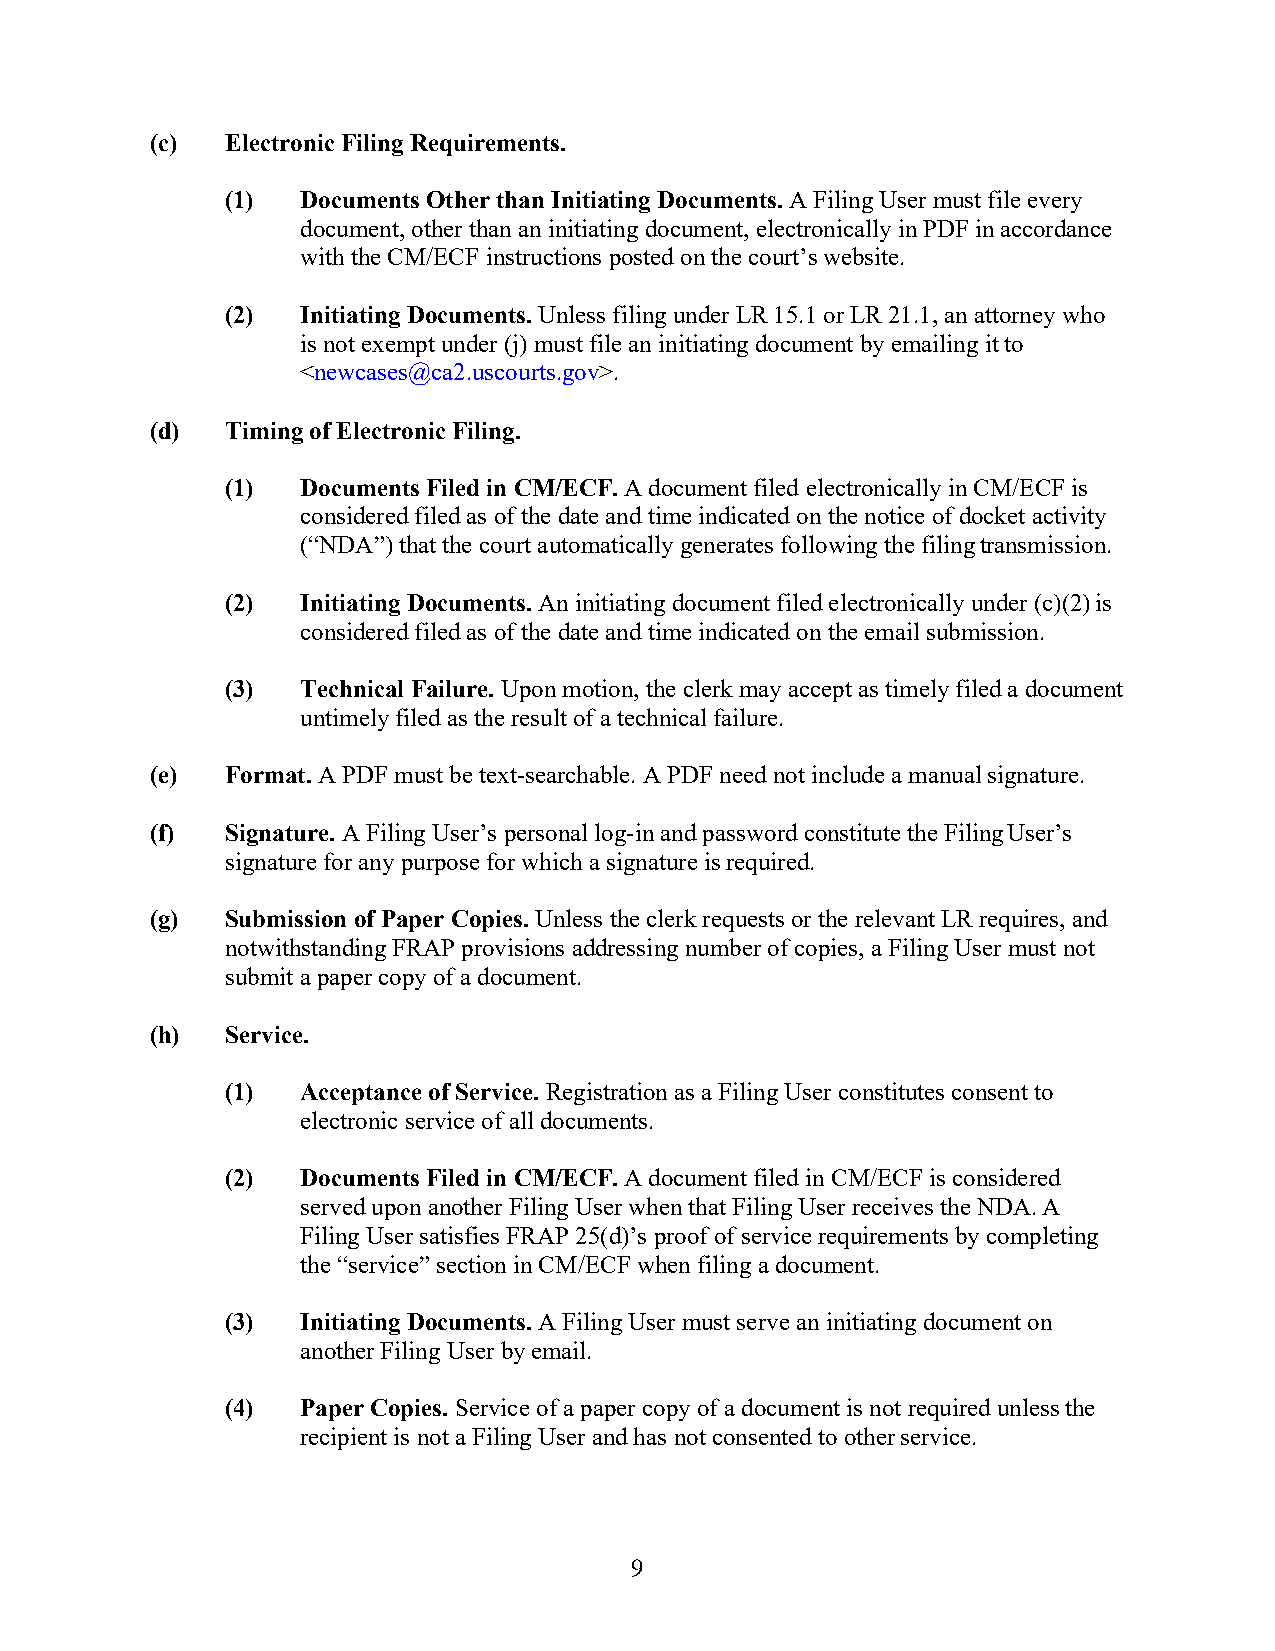
(c)  Electronic Filing Requirements.
 (1)  Documents Other than Initiating Documents. A Filing User must file every
 document, other than an initiating document, electronically in PDF in accordance
 with the CM/ECF instructions posted on the court’s website.
 (2)  Initiating Documents. Unless filing under LR 15.1 or LR 21.1, an attorney who
 is not exempt under (j) must file an initiating document by emailing it to
 <newcases@ca2.uscourts.gov>.
 (d)  Timing of Electronic Filing.
 (1)  Documents Filed in CM/ECF. A document filed electronically in CM/ECF is
 considered filed as of the date and time indicated on the notice of docket activity
 (“NDA”) that the court automatically generates following the filing transmission.
 (2)  Initiating Documents. An initiating document filed electronically under (c)(2) is
 considered filed as of the date and time indicated on the email submission.
 (3)  Technical Failure. Upon motion, the clerk may accept as timely filed a document
 untimely filed as the result of a technical failure.
 (e)  Format. A PDF must be text-searchable. A PDF need not include a manual signature.
 (f)  Signature. A Filing User’s personal log-in and password constitute the Filing User’s
 signature for any purpose for which a signature is required.
 (g)  Submission of Paper Copies. Unless the clerk requests or the relevant LR requires, and
 notwithstanding FRAP provisions addressing number of copies, a Filing User must not
 submit a paper copy of a document.
 (h)  Service.
 (1)  Acceptance of Service. Registration as a Filing User constitutes consent to
 electronic service of all documents.
 (2)  Documents Filed in CM/ECF. A document filed in CM/ECF is considered
 served upon another Filing User when that Filing User receives the NDA. A
 Filing User satisfies FRAP 25(d)’s proof of service requirements by completing
 the “service” section in CM/ECF when filing a document.
 (3)  Initiating Documents. A Filing User must serve an initiating document on
 another Filing User by email.
 (4)  Paper Copies. Service of a paper copy of a document is not required unless the
 recipient is not a Filing User and has not consented to other service.
 9